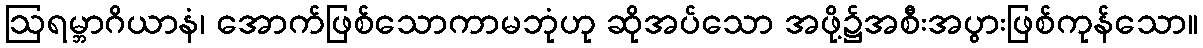
ဩရမ္ဘာဂိယာနံ၊ အောက်ဖြစ်သောကာမဘုံဟု ဆိုအပ်သော အဖို့၌အစီးအပွားဖြစ်ကုန်သော။